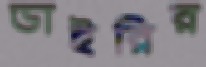
ডাইরির